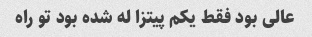
عالی بود فقط یکم پیتزا له شده بود تو راه